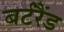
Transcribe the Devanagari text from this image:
बर्टरैंड